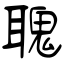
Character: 聭